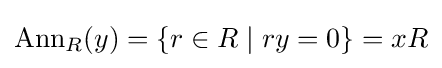
\operatorname {Ann} _{R}(y)=\{r\in R\mid ry=0\}=xR